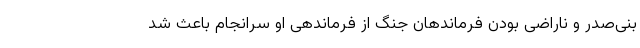
بنی‌صدر و ناراضی بودن فرماندهان جنگ از فرماندهی او سرانجام باعث شد